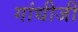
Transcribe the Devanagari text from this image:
गांधीजीं